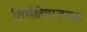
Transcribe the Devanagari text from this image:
तिर्थक्षेत्राजवळ